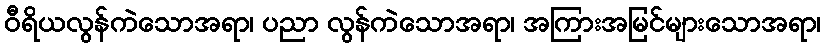
ဝီရိယလွန်ကဲသောအရာ၊ ပညာ လွန်ကဲသောအရာ၊ အကြားအမြင်များသောအရာ၊